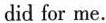
did for me.